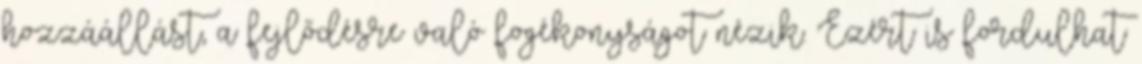
hozzáállást, a fejlődésre való fogékonyságot nézik. Ezért is fordulhat